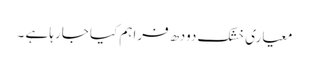
معیاری خشک دودھ فراہم کیا جارہا ہے ۔